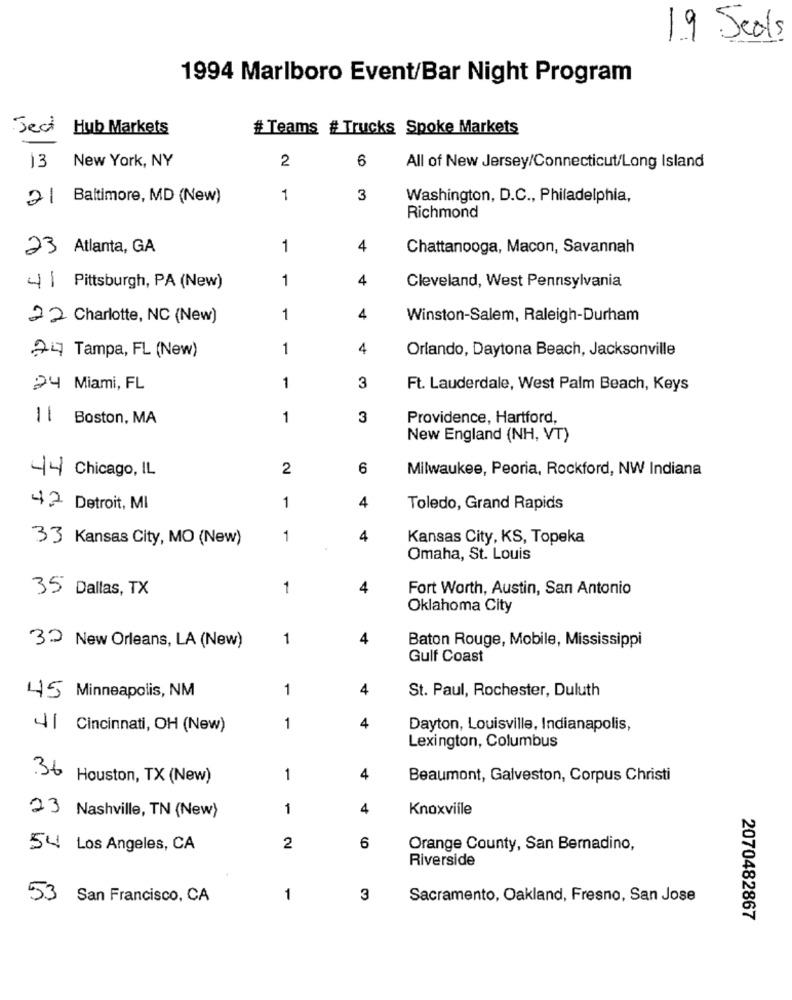
19 Seals
1994 Marlboro Event/Bar Night Program
Ject Hub Markets
# Teams # Trucks Spoke Markets
6
13 New York, NY
2
All of New Jersey/Connecticut/Long Island
21 Baltimore, MD (New)
1
3
Washington, D.C ., Philadelphia,
Richmond
23 Atlanta, GA
1
4
Chattanooga, Macon, Savannah
1
4
41 Pittsburgh, PA (New)
Cleveland, West Pennsylvania
22 Charlotte, NC (New)
1
4
Winston-Salem, Raleigh-Durham
1
4
Orlando, Daytona Beach, Jacksonville
24 Tampa, FL (New)
24 Miami, FL
1
3
Ft. Lauderdale, West Palm Beach, Keys
1 | Boston, MA
1
3
Providence, Hartford,
New England (NH, VT)
44 Chicago, IL
2
6
Milwaukee, Peoria, Rockford, NW Indiana
42 Detroit, MI
1
4
Toledo, Grand Rapids
33 Kansas City, MO (New)
1
4
Kansas City, KS, Topeka
Omaha, St. Louis
35 Dallas, TX
1
4
Fort Worth, Austin, San Antonio
Oklahoma City
1
4
Baton Rouge, Mobile, Mississippi
32 New Orleans, LA (New)
Gulf Coast
1
4
St. Paul, Rochester, Duluth
45 Minneapolis, NM
4| Cincinnati, OH (New)
1
4
Dayton, Louisville, Indianapolis,
Lexington, Columbus
.36 Houston, TX (New)
1
4
Beaumont, Galveston, Corpus Christi
1
4
Knoxville
23 Nashville, TN (New)
54 Los Angeles, CA
2
6
Orange County, San Bernadino,
Riverside
53
San Francisco, CA
1
3
Sacramento, Oakland, Fresno, San Jose
2070482867